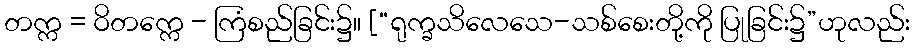
တက္က = ဝိတက္ကေ - ကြံစည်ခြင်း၌။ [“ရုက္ခသိလေသေ-သစ်စေးတို့ကို ပြုခြင်း၌”ဟုလည်း